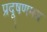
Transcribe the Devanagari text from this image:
प्रदूषणमय